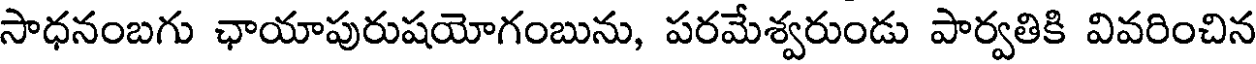
సాధనంబగు ఛాయాపురుషయోగంబును, పరమేశ్వరుండు పార్వతికి వివరించిన